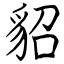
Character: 貂